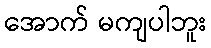
အောက် မကျပါဘူး